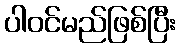
ပါဝင်မည်ဖြစ်ပြီး